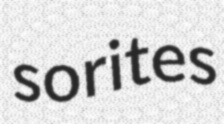
sorites